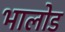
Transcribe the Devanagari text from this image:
भालोड